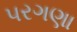
પરગણા